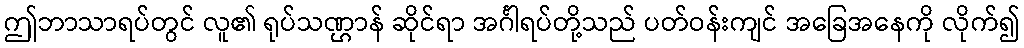
ဤဘာသာရပ်တွင် လူ၏ ရုပ်သဏ္ဌာန် ဆိုင်ရာ အင်္ဂါရပ်တို့သည် ပတ်ဝန်းကျင် အခြေအနေကို လိုက်၍